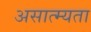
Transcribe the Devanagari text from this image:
असात्म्यता